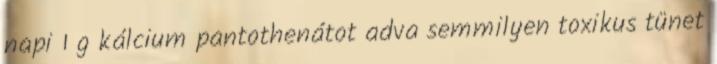
napi 1 g kálcium pantothenátot adva semmilyen toxikus tünet